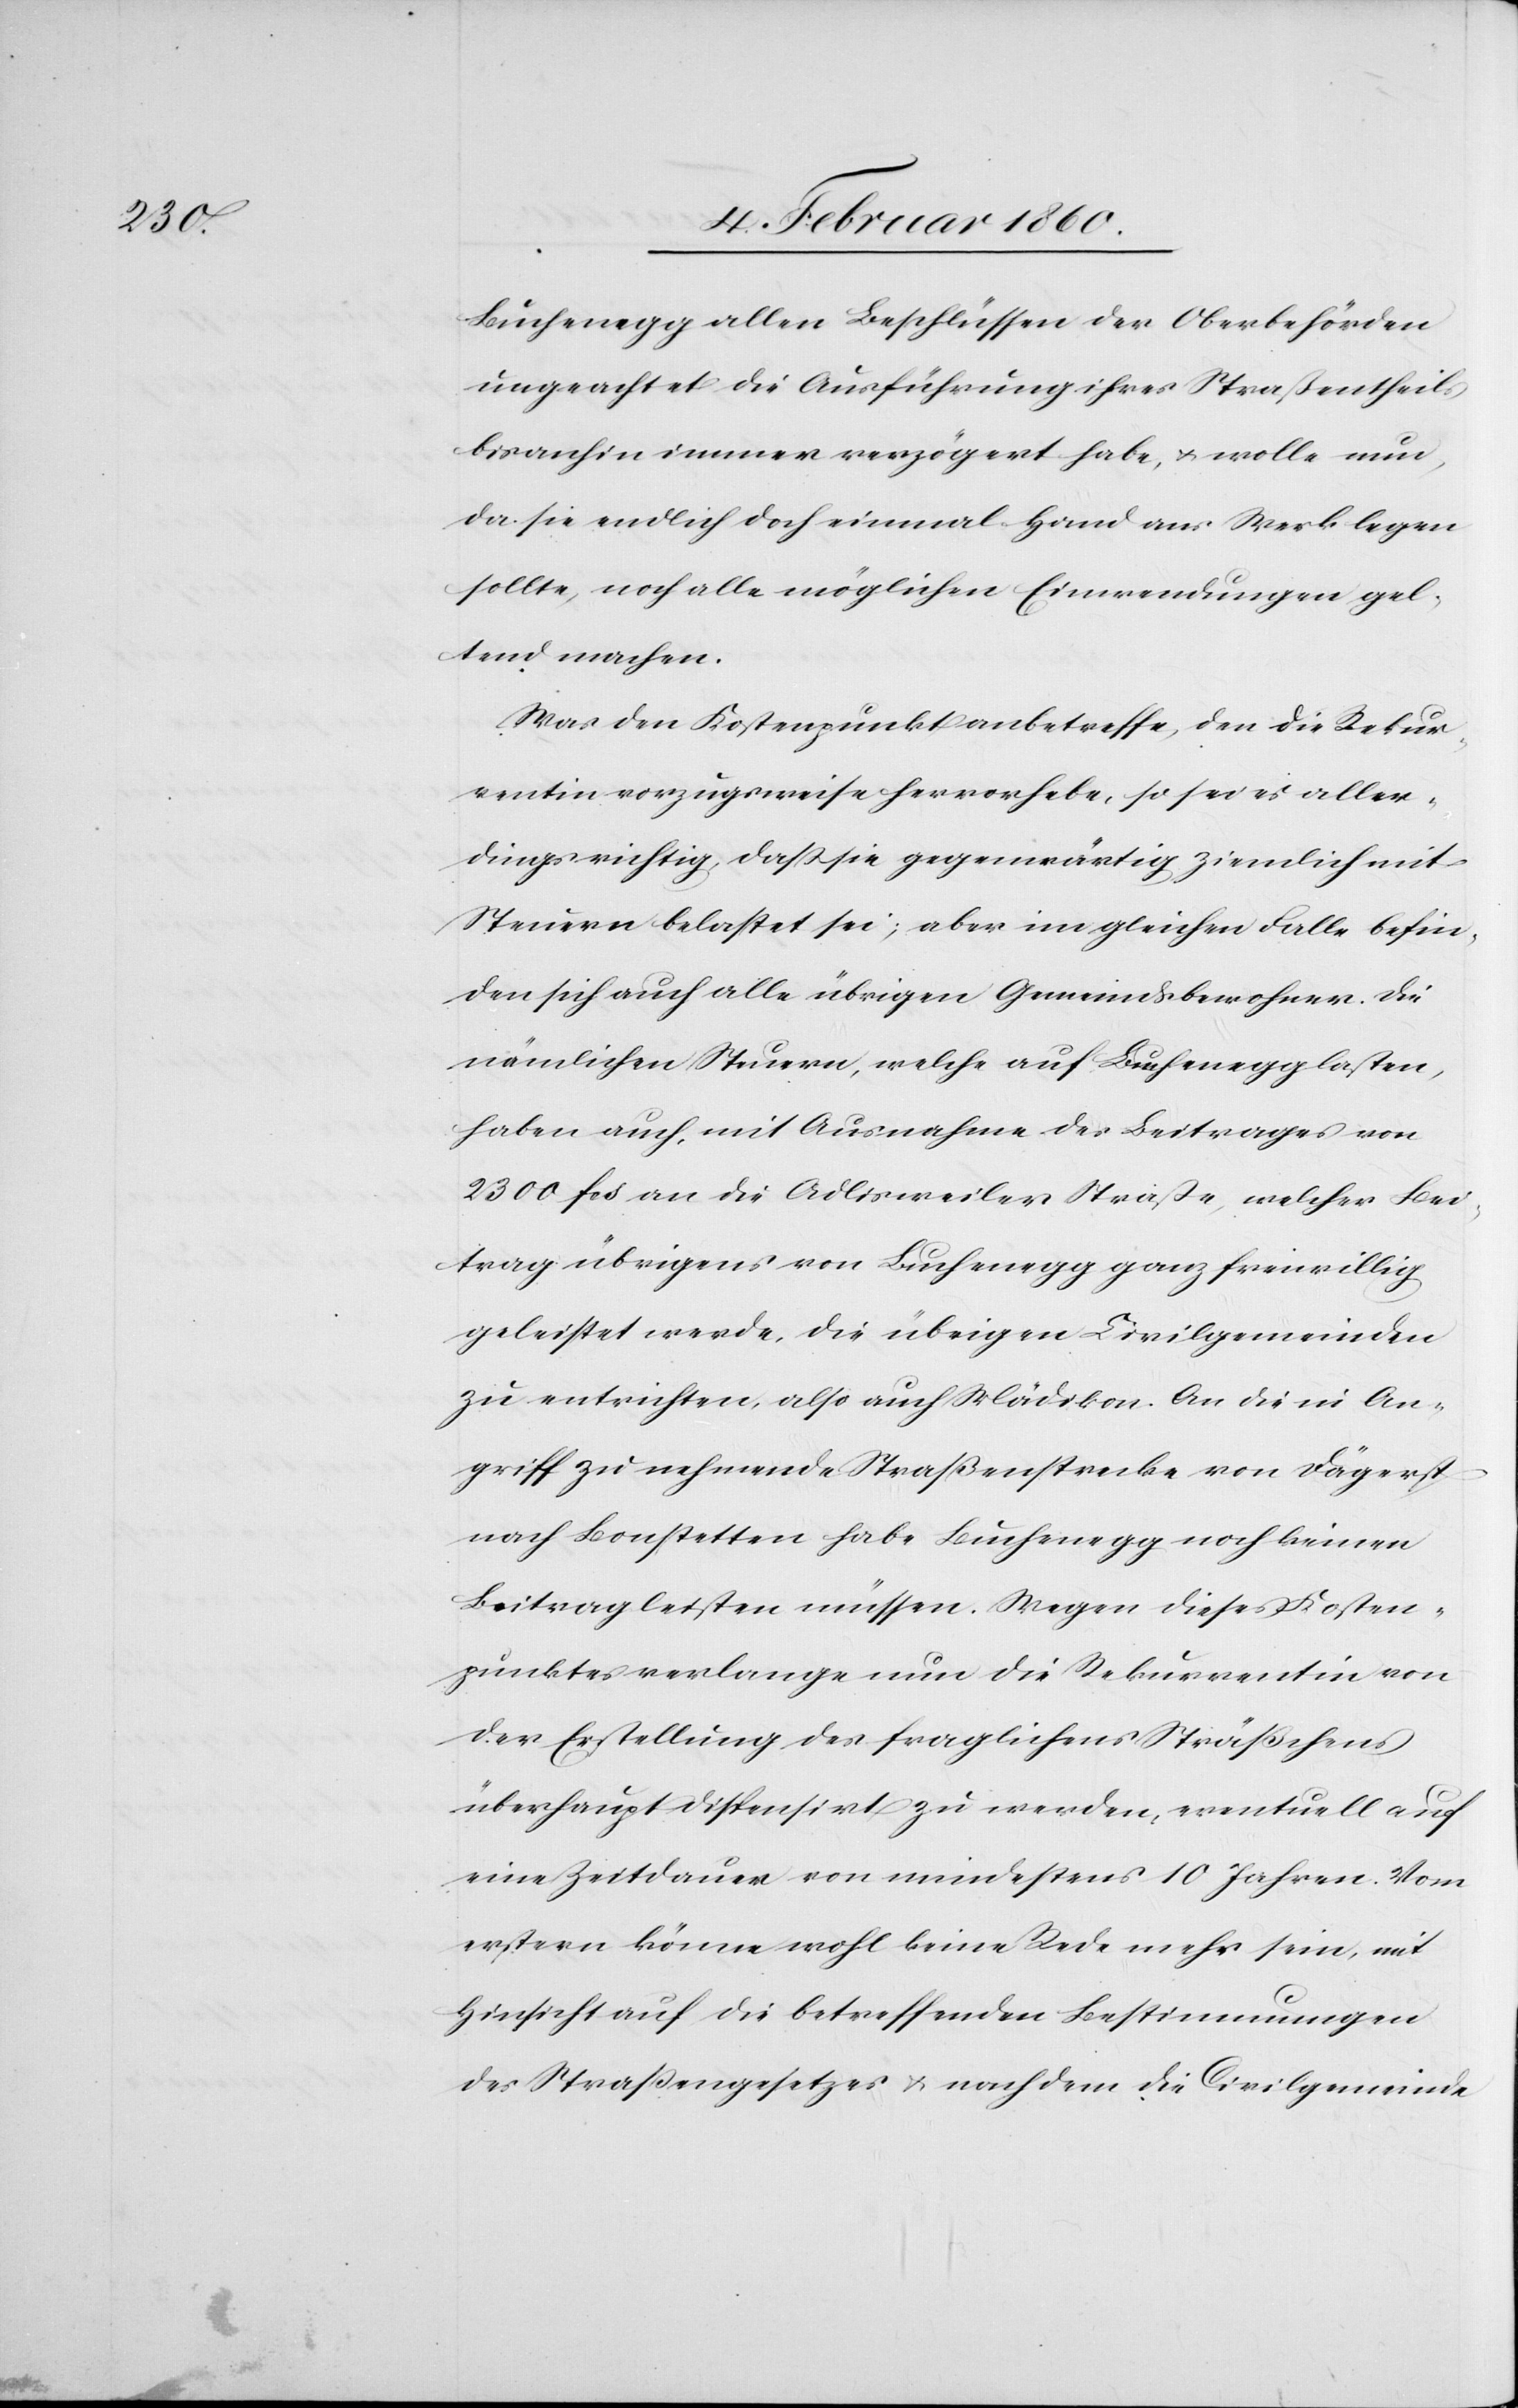
Buchenegg allen Beschlüssen der Oberbehörden
ungeachtet die Ausführung ihres Straßentheils
bis anhin immer verzögert habe, u. wolle nun,
da sie endlich doch einmal Hand ans Werk legen
sollte, noch alle möglichen Einwendungen gel¬
tend machen.
Was den Kostenpunkt anbetreffe, der die Rekur¬
rentin vorzugsweise hervorhebe, so sei es aller¬
dings richtig, dass sie gegenwärtig ziemlich mit
Steuern belastet sei, aber im gleichen Falle befin¬
den sich auch alle übrigen Gemeindsbewohner. Die
nämlichen Steuern, welche auf Buchenegg lasten,
haben auch, mit Ausnahme des Betrages von
2300 fcs. an die Adlisweilerstrasse, welcher Bei¬
trag übrigens von Buchenegg ganz freiwillig
geleistet werde, die übrigen Civilgemeinden
zu entrichten, also auch Mädikon. An die in An¬
griff zu nehmende Straßenstrecke von Dägerst
nach Bonstetten habe Buchenegg noch keinen
Beitrag leisten müssen. Wegen dieses Kosten¬
punktes verlange nun die Rekurrentin von
der Erstellung des fraglichen Sträßchens
überhaupt dispensirt zu werden, eventuell auf
eine Zeitdauer von mindestens 10 Jahren. Vom
erstern könne wohl keine Rede mehr sein, mit
Hinsicht auf die betreffenden Bestimmungen
des Strassengesetzes u. nachdem die Civilgemeinde